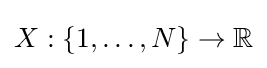
X:\{1,\dots ,N\}\to \mathbb {R}